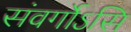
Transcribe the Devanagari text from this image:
संवर्गोऽसि